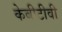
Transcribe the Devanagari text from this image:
केबीटीवी